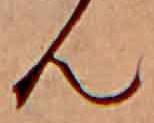
ん